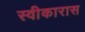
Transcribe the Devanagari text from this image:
स्वीकारास